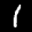
Label: 1